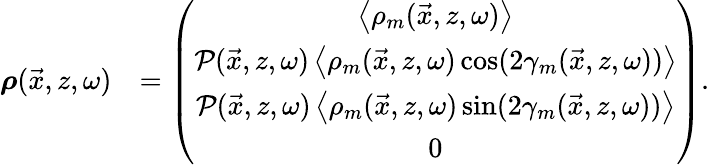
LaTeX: \begin{array}{rl}{\boldsymbol{\rho}(\vec{x},z,\omega)}&{=\left(\begin{array}{c}{\left\langle\rho_{m}(\vec{x},z,\omega)\right\rangle}\\ {\mathcal{P}(\vec{x},z,\omega)\left\langle\rho_{m}(\vec{x},z,\omega)\cos(2\gamma_{m}(\vec{x},z,\omega))\right\rangle}\\ {\mathcal{P}(\vec{x},z,\omega)\left\langle\rho_{m}(\vec{x},z,\omega)\sin(2\gamma_{m}(\vec{x},z,\omega))\right\rangle}\\ {0}\end{array}\right).}\end{array}